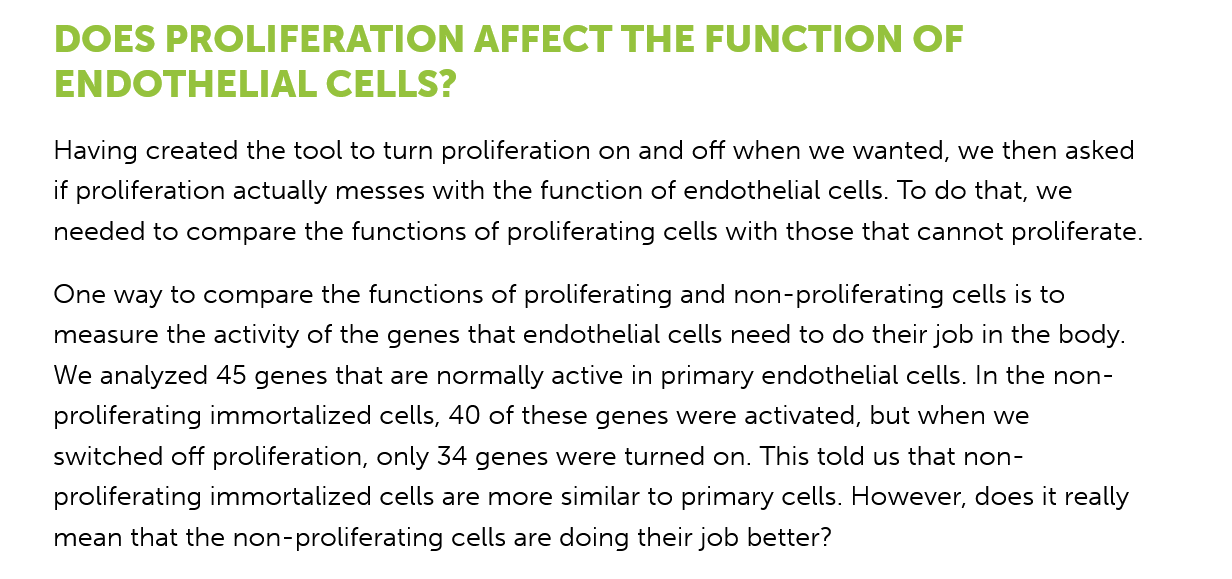
DOES    PROLIFERATION    AFFECT    THE    FUNCTION    OF
     ENDOTHELIAL    CELLS?
     Having created the tool to turn proliferation on and off when we wanted, we then asked
     if proliferation actually messes with the function of endothelial cells. To do that, we
     needed to compare the functions of proliferating cells with those that cannot proliferate.
    One  way to compare the functions of proliferating and non-proliferating cells is to
     measure the activity of the genes that endothelial cells need to do their job in the body.
    We analyzed 45 genes that are normally active in primary endothelial cells. In the non-
     proliferating immortalized cells, 40 of these genes were activated, but when we
    switched off proliferation, only 34 genes were turned on. This told us that non-
     proliferating immortalized cells are more similar to primary cells. However, does it really
     mean that the non-proliferating cells are doing their job better?